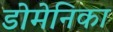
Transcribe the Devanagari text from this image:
डोमेनिका